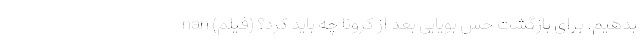
بدهیم. برای بازگشت حس بویایی بعد از کرونا چه باید کرد؟ (فیلم) nan